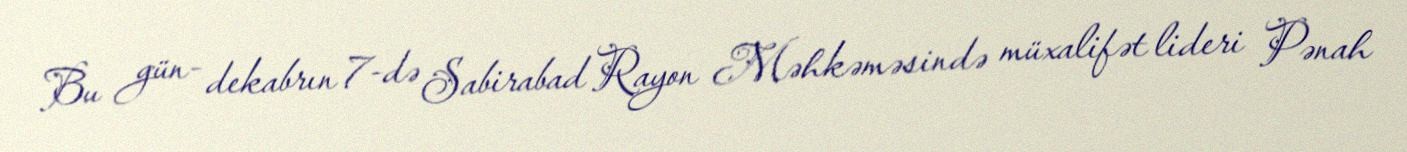
Bu gün- dekabrın 7-də Sabirabad Rayon Məhkəməsində müxalifət lideri Pənah